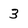
Character: 3